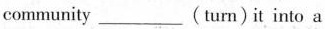
community ___ (turn)it into a